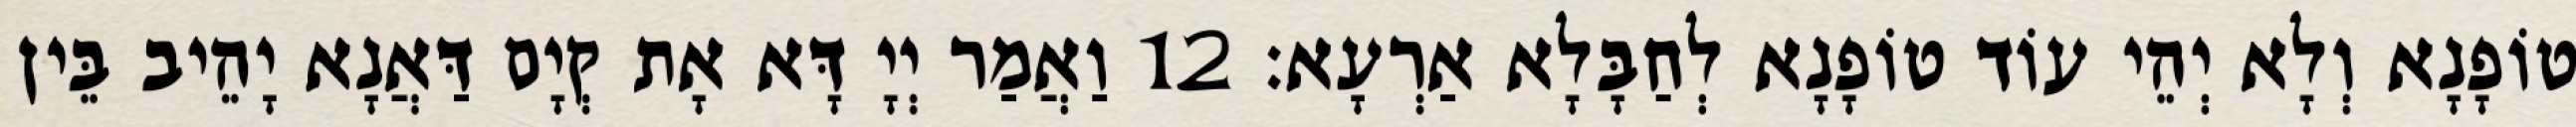
טוֹפָנָא וְלָא יְהֵי עוֹד טוֹפָנָא לְחַבָּלָא אַרְעָא׃ 12 וַאֲמַר יְיָ דָּא אָת קְיָם דַּאֲנָא יָהֵיב בֵּין